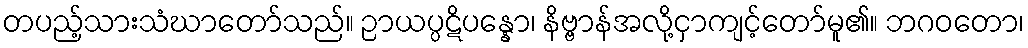
တပည့်သားသံဃာတော်သည်။ ဉာယပ္ပဋိပန္နော၊ နိဗ္ဗာန်အလို့ငှာကျင့်တော်မူ၏။ ဘဂဝတော၊